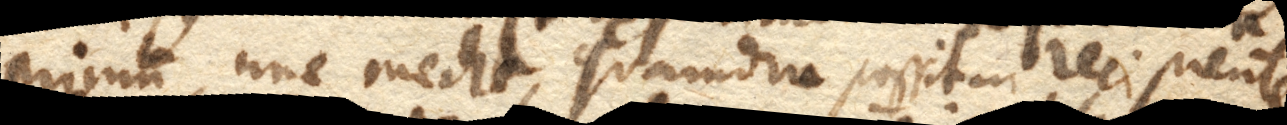
Primum, une meche, quamdiu possit in recipiente